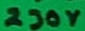
Text: 230V